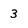
Character: 3